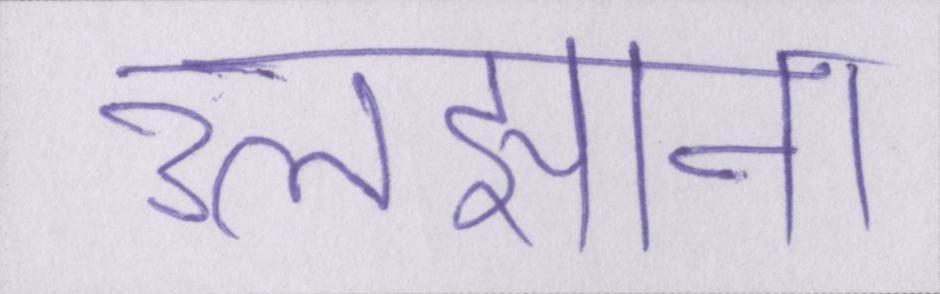
उलझाना